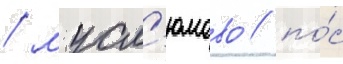
/ мусл'юмово / по́с